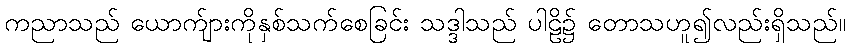
ကညာသည် ယောက်ျားကိုနှစ်သက်စေခြင်း သဒ္ဒါသည် ပါဠိ၌ တောသဟူ၍လည်းရှိသည်။